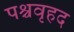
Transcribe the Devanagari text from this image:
पश्चवृहद